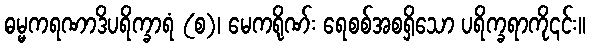
ဓမ္မကရဏာဒိပရိက္ခာရံ (စ)၊ မေကရိုဏ်း ရေစစ်အစရှိသော ပရိက္ခရာကို၎င်း။